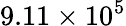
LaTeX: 9.11\times 10^{5}